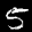
Label: 5